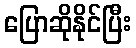
ပြောဆိုနိုင်ပြီး